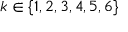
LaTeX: k \in \{ 1 , 2 , 3 , 4 , 5 , 6 \}